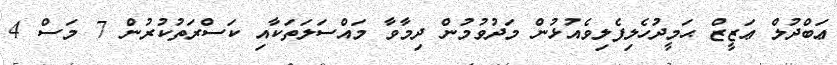
ޢަބްދުލް ޢަޒީޒް ޙަމީދުހެލިފެލިވެއުޅުން މަދުވުމުން ދިމާވާ މައްސަލަތަކާއި ކަސްރަތުކުރުން 7 މަސް 4